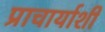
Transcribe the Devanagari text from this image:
प्राचार्याशी